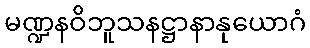
မဏ္ဍနဝိဘူသနဋ္ဌာနာနုယောဂံ